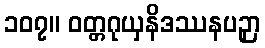
၁၀၇။ ဝတ္တဂုယှနိဒဿနပဉှာ